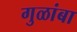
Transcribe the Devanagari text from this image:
गुळांबा